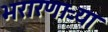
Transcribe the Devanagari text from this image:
भरारणाऱ्या